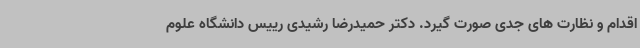
اقدام و نظارت های جدی صورت گیرد. دکتر حمیدرضا رشیدی رییس دانشگاه علوم